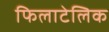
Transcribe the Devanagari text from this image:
फिलाटेलिक